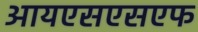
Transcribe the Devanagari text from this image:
आयएसएसएफ